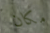
مكان